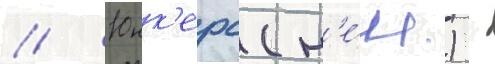
// Юнк'ерс (н'е́м.) -